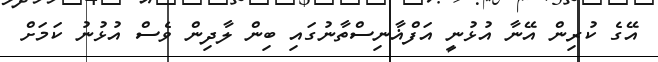
އޭގެ ކުރިން އޭނާ އުޅުނީ އަފްޣާނިސްތާނުގައި ބިން ލާދިން ވެސް އުޅުނު ކަމަށް